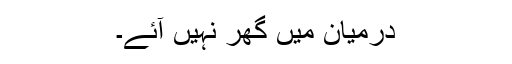
درمیان میں گھر نہیں آئے۔